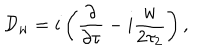
LaTeX: { { \cal D } _ { w } = i \left( { \frac { \partial } { \partial \tau } } - i { \frac { w } { 2 \tau _ { 2 } } } \right) , }